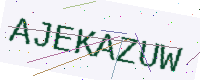
Text: AJEKAZUW